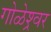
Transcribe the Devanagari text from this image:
गोळेश्र्वर